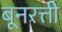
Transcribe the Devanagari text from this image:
बूनरत्ती